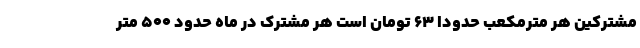
مشترکین هر مترمکعب حدوداً ۶۳ تومان است هر مشترک در ماه حدود ۵۰۰ متر